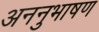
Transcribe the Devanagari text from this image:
अननुभाषण